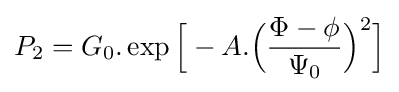
P_{2}=G_{0}.\exp {\Bigr [}-A.{\Big (}{\frac {\Phi -\phi }{\Psi _{0}}}{\Big )}^{2}{\Bigr ]}